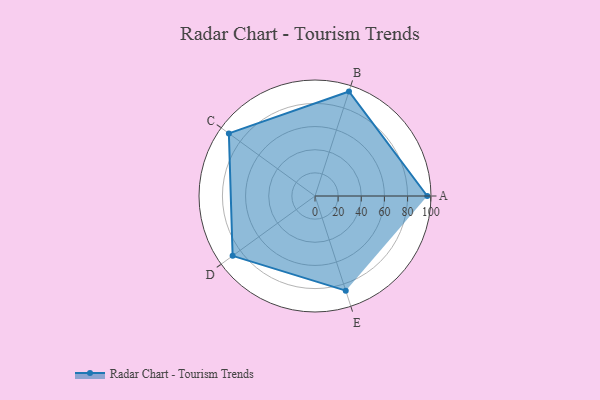
{"axis": {"x": "Skill", "y": "Score"}, "legend": ["Profile"], "data": [{"x": "A", "y": 97.0, "type": "Profile"}, {"x": "B", "y": 95.0, "type": "Profile"}, {"x": "C", "y": 92.0, "type": "Profile"}, {"x": "D", "y": 88.0, "type": "Profile"}, {"x": "E", "y": 86.0, "type": "Profile"}]}